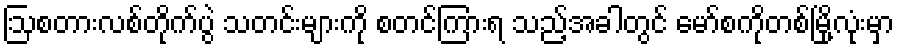
ဩစတားလစ်တိုက်ပွဲ သတင်းများကို စတင်ကြားရ သည့်အခါတွင် မော်စကိုတစ်မြို့လုံးမှာ